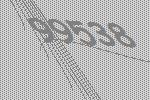
99538